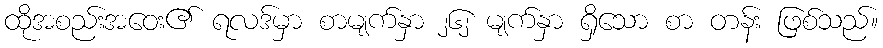
ထိုအစည်းအဝေး၏ ရလဒ်မှာ စာမျက်နှာ ၂၆၂ မျက်နှာ ရှိသော စာ တန်း ဖြစ်သည်။